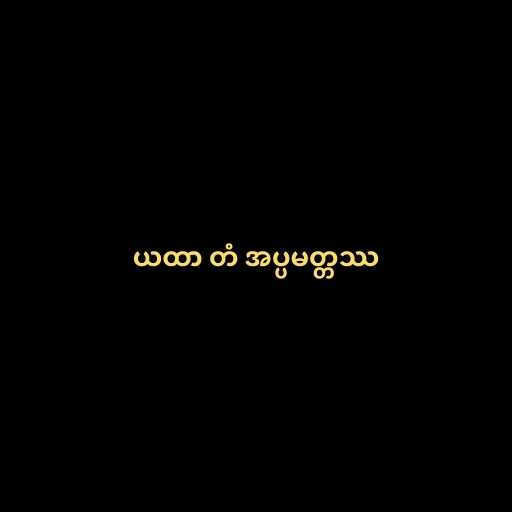
ယထာ တံ အပ္ပမတ္တဿ